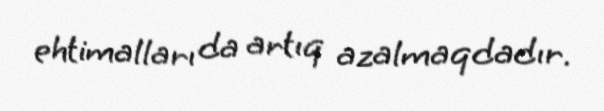
ehtimalları da artıq azalmaqdadır.